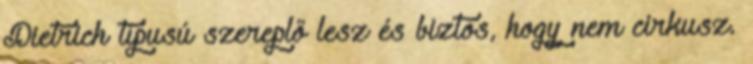
Dietrich típusú szereplő lesz és biztos, hogy nem cirkusz.